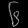
Digit: ၆